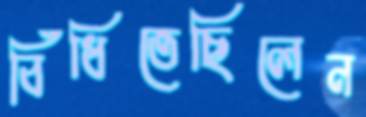
বিঁধিতেছিলেন